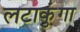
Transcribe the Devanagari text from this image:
लटाकुंगा